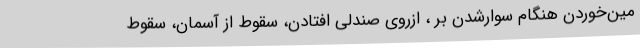
مین‌خوردن هنگام سوارشدن بر ، ازروی صندلی افتادن، سقوط از آسمان، سقوط